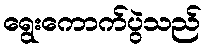
ရွေးကောက်ပွဲသည်